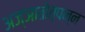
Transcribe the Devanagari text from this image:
अज्ञातोत्पन्न